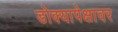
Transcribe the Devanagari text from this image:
डोक्यापेक्षावर